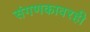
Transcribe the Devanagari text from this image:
संगणकावरही